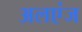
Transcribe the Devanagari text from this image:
अलएंज